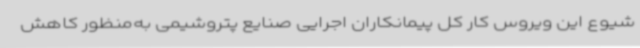
شیوع این ویروس کار کل پیمانکاران اجرایی صنایع پتروشیمی به‌منظور کاهش